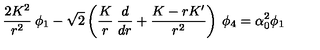
{ \frac { 2 K ^ { 2 } } { r ^ { 2 } } } \: \phi _ { 1 } - \sqrt 2 \left( { \frac { K } { r } } \: { \frac { d } { d r } } + { \frac { K - r K ^ { \prime } } { r ^ { 2 } } } \right) \: \phi _ { 4 } = \alpha _ { 0 } ^ { 2 } \phi _ { 1 }